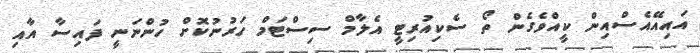
އައިއޭއެސްއިން ކީއްވެގެން ތޯ ސެކިއުރިޓީ އެލާމް ސިސްޓަމް ހަރުނުކޮށް ހުންނަނީ ފައިސާ އާއި